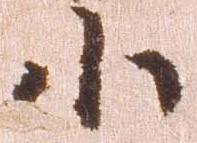
小